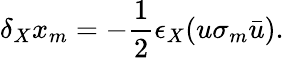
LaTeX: \delta_{X}x_{m}=-\frac 12\epsilon_{X}(u\sigma_{m}\bar{u}).